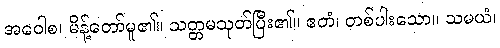
အဝေါစ၊ မိန့်တော်မူ၏။ သတ္တမသုတ်ပြီး၏။ ဧတံ၊ တစ်ပါးသော။ သမယံ၊